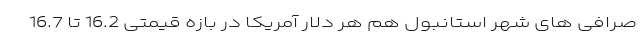
صرافی های شهر استانبول هم هر دلار آمریکا در بازه قیمتی 16.2 تا 16.7